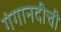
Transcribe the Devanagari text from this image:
गंगानदीची